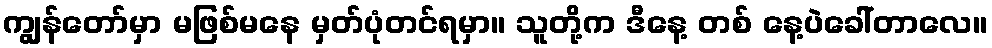
ကျွန်တော်မှာ မဖြစ်မနေ မှတ်ပုံတင်ရမှာ။ သူတို့က ဒီနေ့ တစ် နေ့ပဲခေါ်တာလေ။